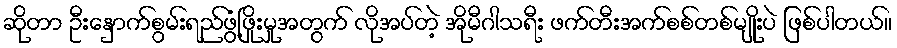
ဆိုတာ ဦးနှောက်စွမ်းရည်ဖွံ့ဖြိုးမှုအတွက် လိုအပ်တဲ့ အိုမီဂါသရီး ဖက်တီးအက်စစ်တစ်မျိုးပဲ ဖြစ်ပါတယ်။